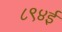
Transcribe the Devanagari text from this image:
८९४ई